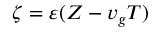
\zeta = \varepsilon ( Z - v _ { g } T )